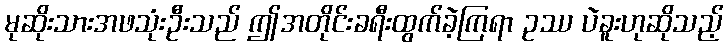
မုဆိုးသားအဖသုံးဦးသည် ဤအတိုင်းခရီးထွက်ခဲ့ကြရာ ဥဿ ပဲခူးဟုဆိုသည့်